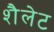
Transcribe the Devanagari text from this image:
शैलेट